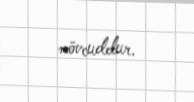
mövcuddur.